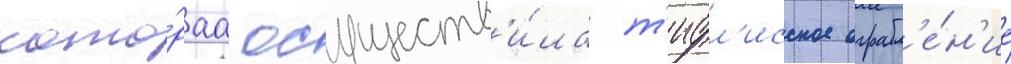
кото́раа осуществ'и́ла т'ифл'исское ограбл'е́н'ие